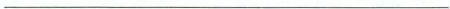
___